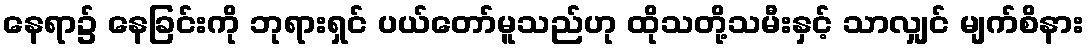
နေရာ၌ နေခြင်းကို ဘုရားရှင် ပယ်တော်မူသည်ဟု ထိုသတို့သမီးနှင့် သာလျှင် မျက်စိနား